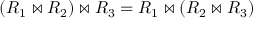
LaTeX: ( R _ { 1 } \bowtie R _ { 2 } ) \bowtie R _ { 3 } = R _ { 1 } \bowtie ( R _ { 2 } \bowtie R _ { 3 } )